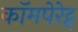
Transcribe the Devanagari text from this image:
कॉमपेरेट्व